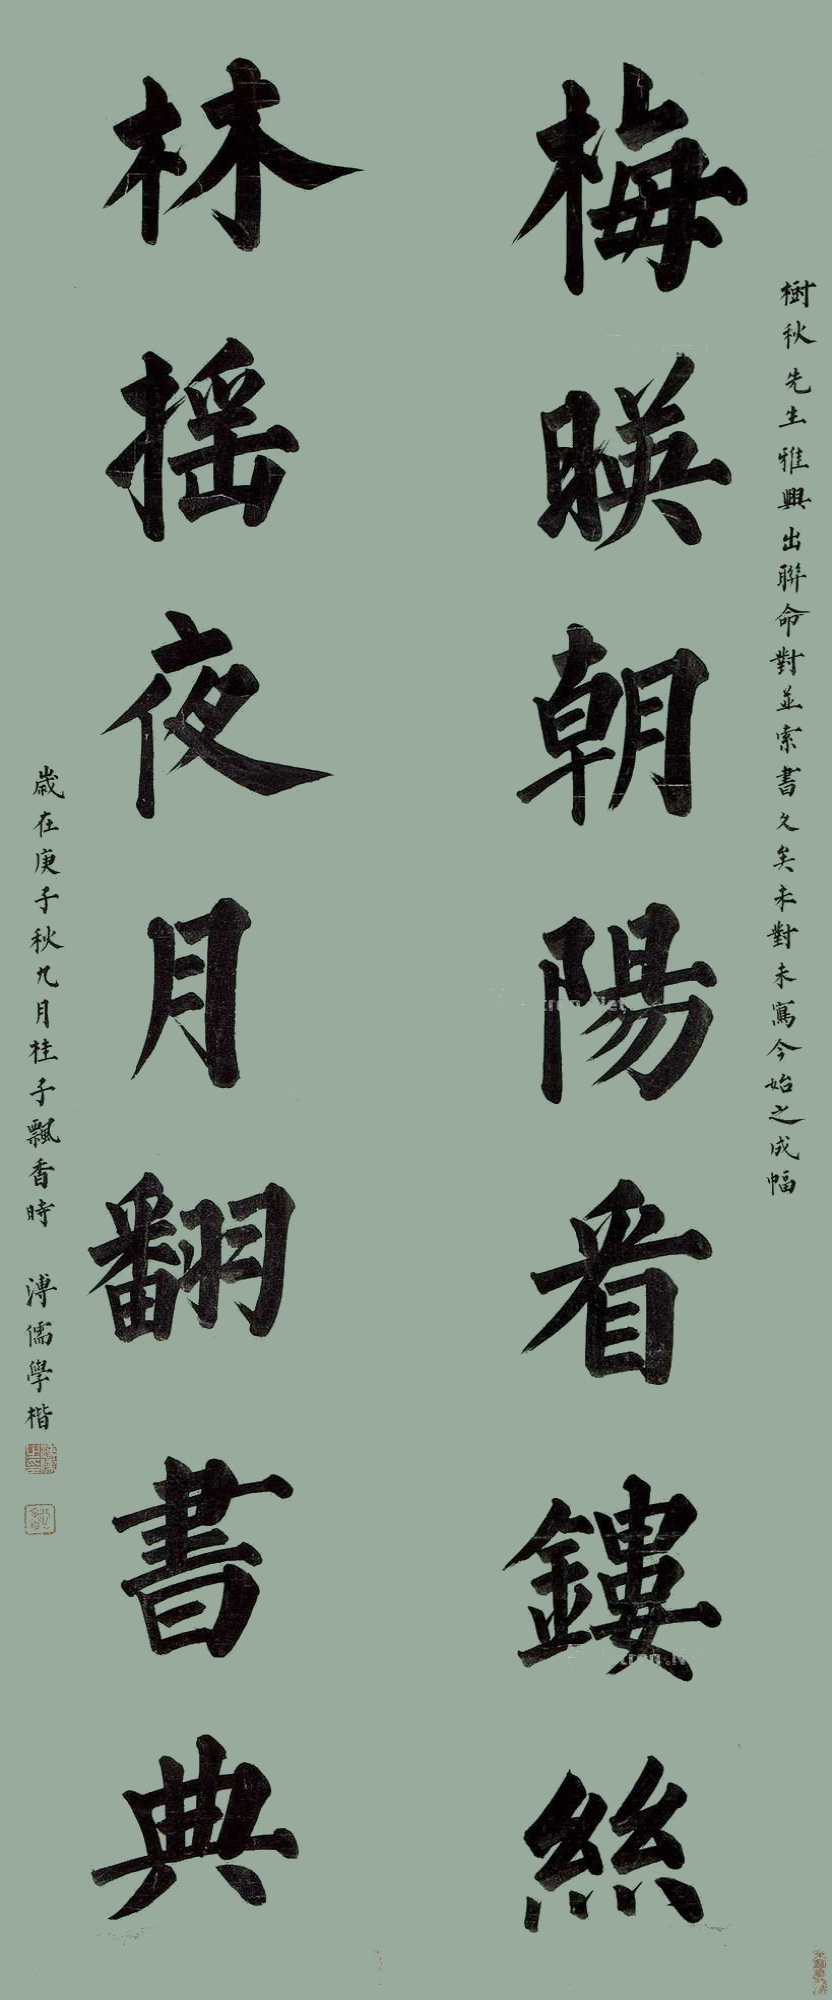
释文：梅映朝阳看镂丝，林摇夜月翻书典。树秋先生雅兴，出联命对并索书久矣，未对未写，今始之成幅。岁在庚子秋九月桂子飘香时，溥儒学楷。